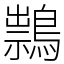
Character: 䳳